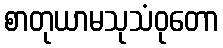
စာတုယာမသုသံဝုတော